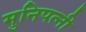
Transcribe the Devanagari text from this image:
मुनिपत्‍नी